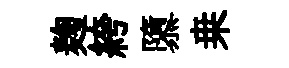
麹絝隳桒